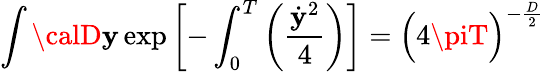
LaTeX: \int{\calD}\mathbf{y}\, \mathrm{{exp}}\left[-\int_{0}^{T}\left({\frac{{{\dot{{\mathbf{y}}}}^{2}}}{{4}}}\right)\right]={\Bigl(4\piT\Bigr)}^{-{\frac{{D}}{{2}}}}